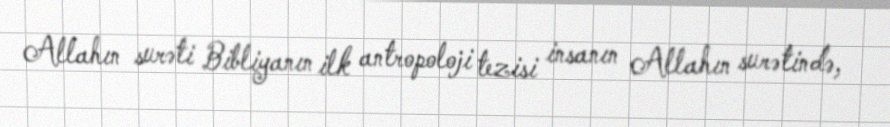
Allahın surəti Bibliyanın ilk antropoloji tezisi insanın Allahın surətində,